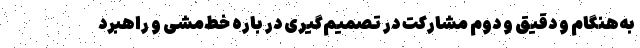
به‌هنگام و دقیق و دوم مشارکت در تصمیم‌گیری در باره خط‌مشی و راهبرد